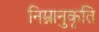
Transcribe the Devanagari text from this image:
निम्नानुकृति